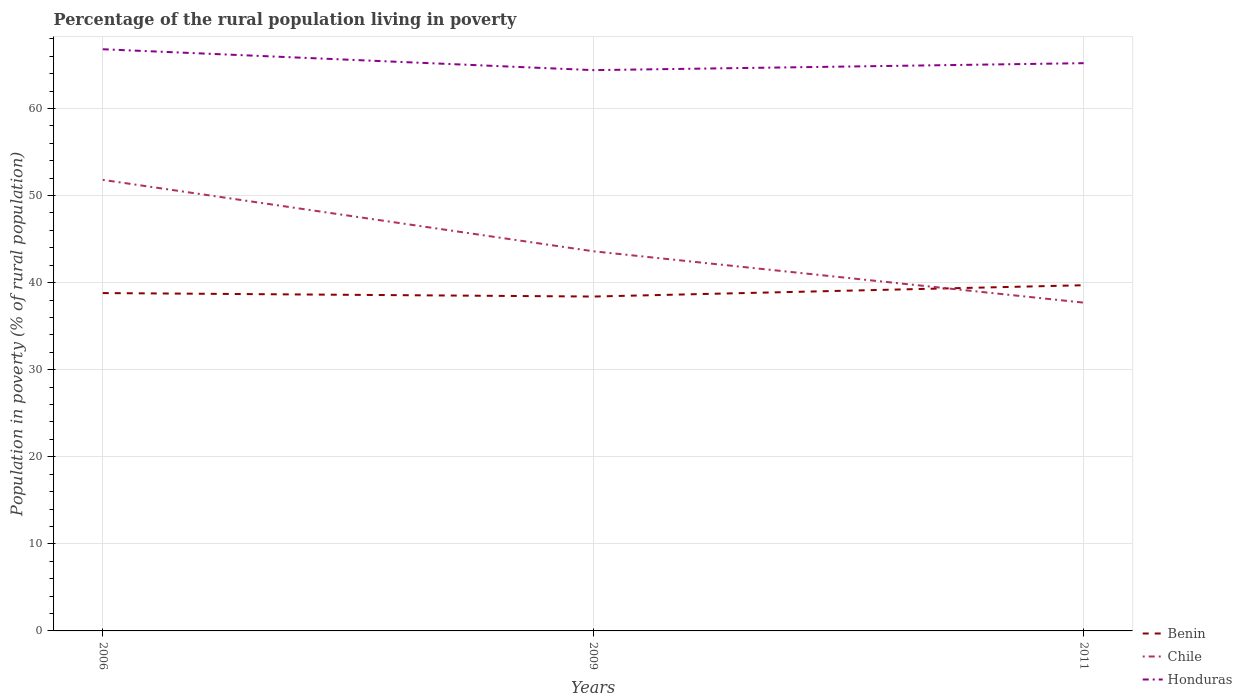
| Years | Benin | Chile | Honduras |
 | --- | --- | --- | --- |
 | 2006 | 38.8 | 51.8 | 66.8 |
 | 2009 | 38.4 | 43.6 | 64.4 |
 | 2011 | 39.7 | 37.7 | 65.2 |